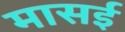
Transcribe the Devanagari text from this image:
मासई